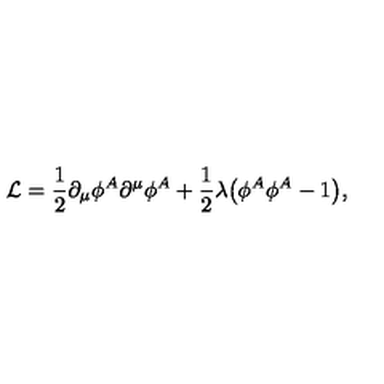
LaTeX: { \cal L } = \frac { 1 } { 2 } \partial _ { \mu } \phi ^ { A } \partial ^ { \mu } \phi ^ { A } + \frac { 1 } { 2 } \lambda \bigl ( \phi ^ { A } \phi ^ { A } - 1 \bigr ) ,